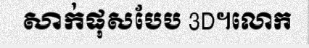
សាក់ផុសបែប 3D។លោក